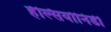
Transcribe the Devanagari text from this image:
हेल्सियोनिडी